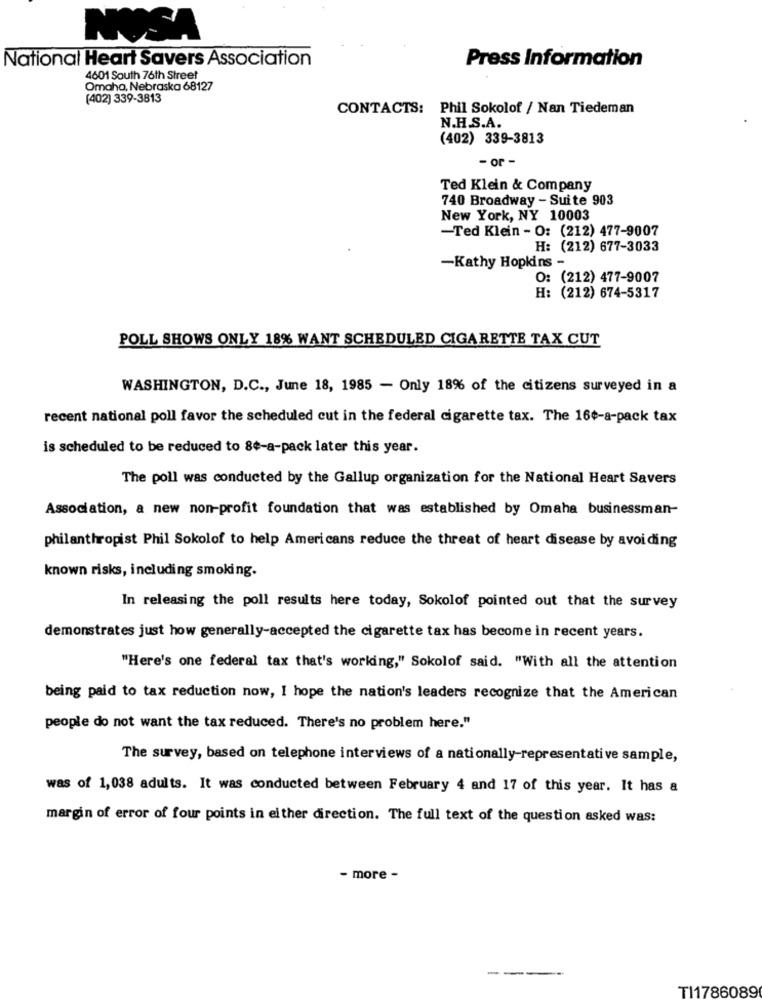
NOSA
National Heart Savers Association
Press Information
4601 South 76th Street
Omaha, Nebraska 68127
(402) 339-3813
CONTACTS: Phil Sokolof / Nan Tiedeman
N.H.S.A.
(402) 339-3813
- or -
Ted Klein & Company
740 Broadway - Suite 903
New York, NY 10003
-Ted Klein - O: (212) 477-9007
H: (212) 677-3033
-Kathy Hopkins -
O: (212) 477-9007
H: (212) 674-5317
POLL SHOWS ONLY 18% WANT SCHEDULED CIGARETTE TAX CUT
WASHINGTON, D.C ., June 18, 1985 - Only 18% of the citizens surveyed in a
recent national poll favor the scheduled cut in the federal cigarette tax. The 16¢-a-pack tax
is scheduled to be reduced to 8¢-a-pack later this year.
The poll was conducted by the Gallup organization for the National Heart Savers
Association, a new non-profit foundation that was established by Omaha businessman-
philanthropist Phil Sokolof to help Americans reduce the threat of heart disease by avoiding
known risks, including smoking.
In releasing the poll results here today, Sokolof pointed out that the survey
demonstrates just how generally-accepted the cigarette tax has become in recent years.
"Here's one federal tax that's working," Sokolof said. "With all the attention
being paid to tax reduction now, I hope the nation's leaders recognize that the American
people do not want the tax reduced. There's no problem here."
The survey, based on telephone interviews of a nationally-representative sample,
was of 1,038 adults. It was conducted between February 4 and 17 of this year. It has a
margin of error of four points in either direction. The full text of the question asked was:
- more -
---
TI1786089